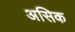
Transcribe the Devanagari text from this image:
असिक